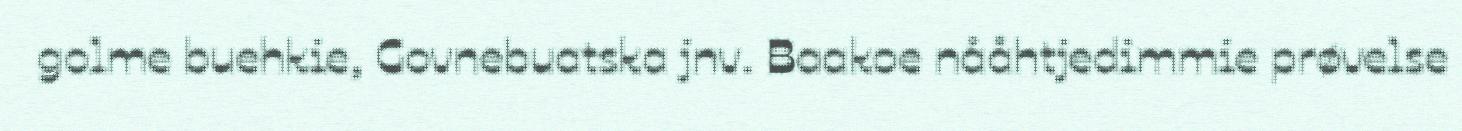
golme buehkie, Govnebuatska jnv. Baakoe nååhtjedimmie prøvelse